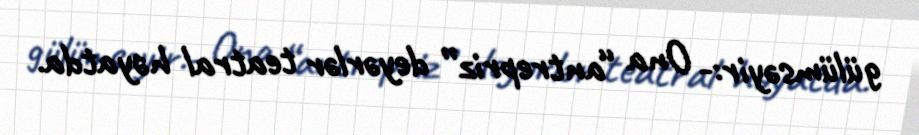
gülümsəyir:- Ona “antrepriz” deyərlər teatral həyatda.